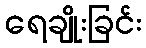
ရေချိုးခြင်း